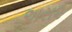
અસ૨